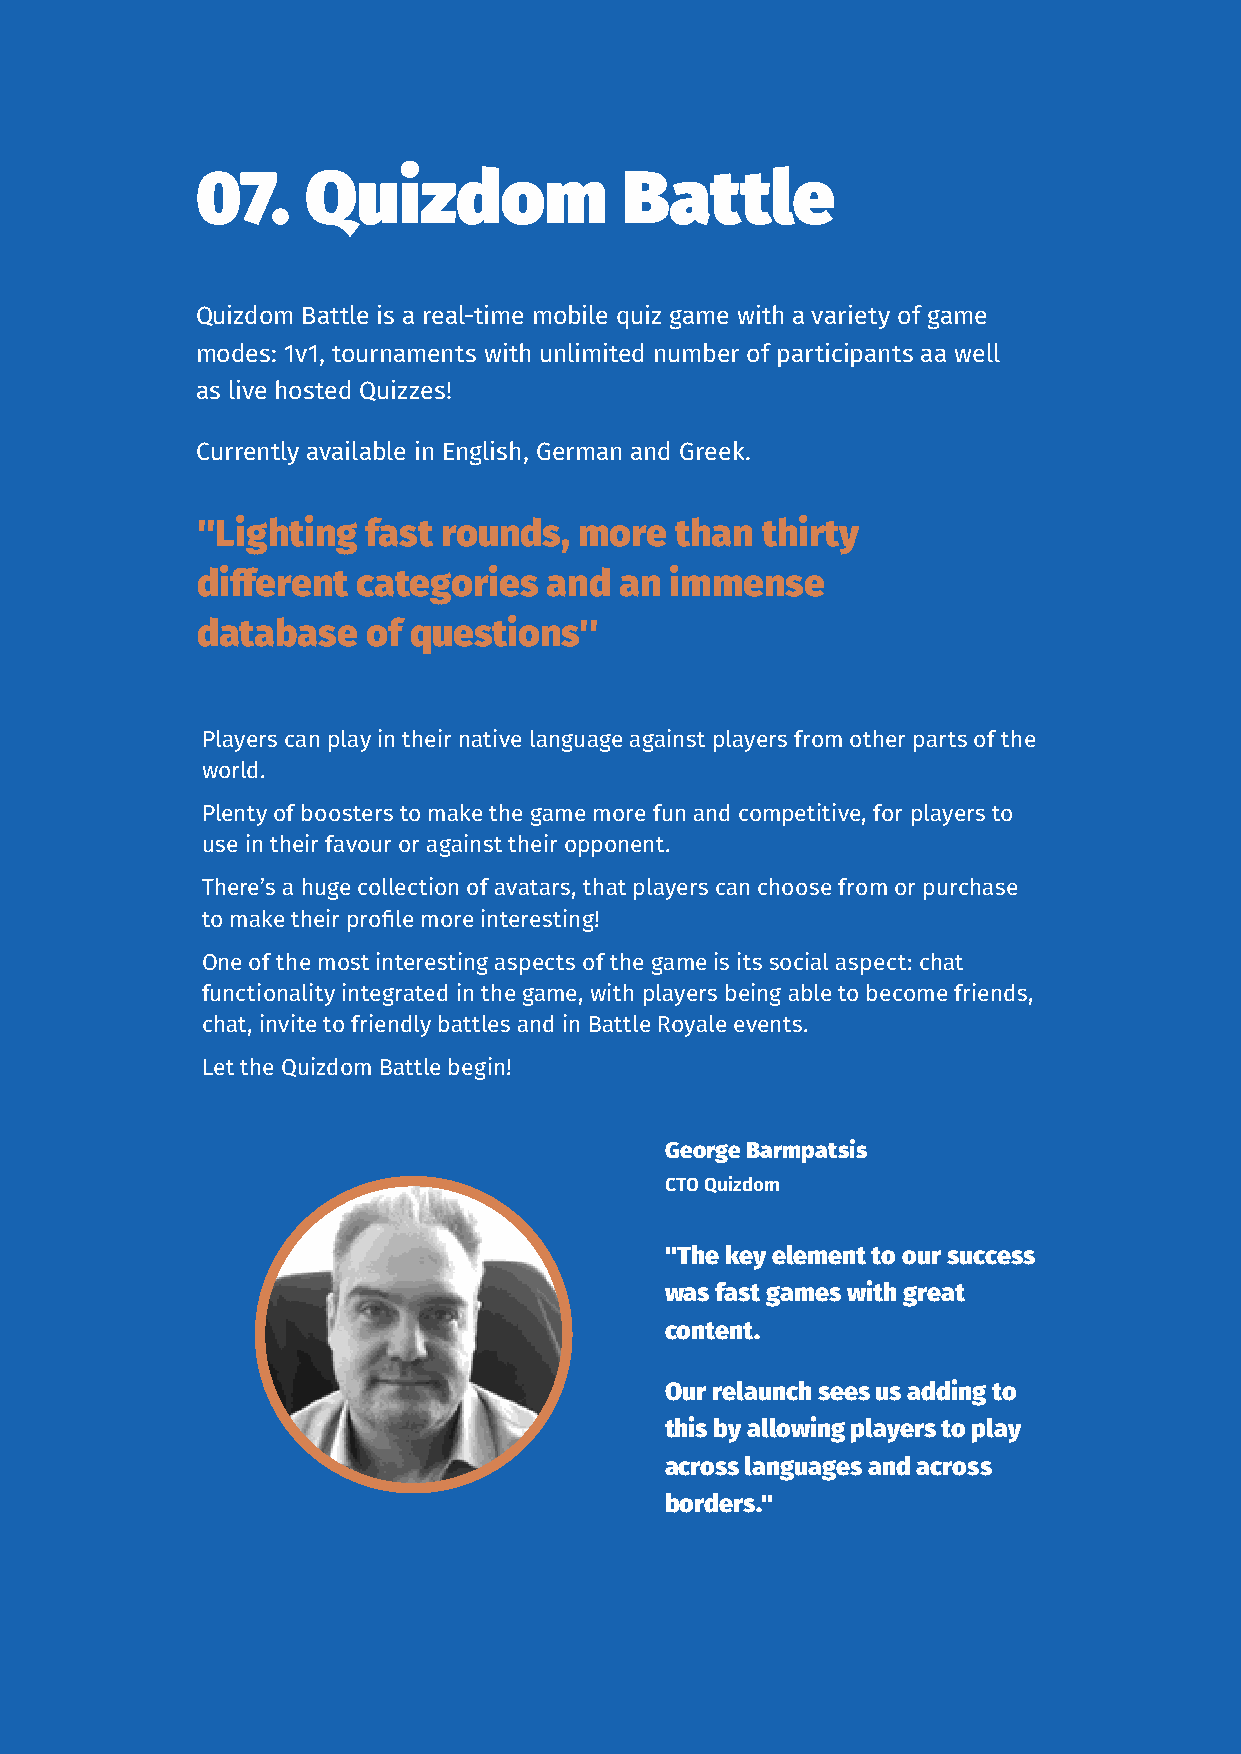
07.    Quizdom              Battle
 Quizdom Battle is a real-time mobile quiz game with a variety of game
 modes: 1v1, tournaments with unlimited number of participants aa well
 as live hosted Quizzes!
 Currently available in English, German and Greek.
 ''Lighting fast rounds,  more   than thirty
 different  categories  and  an immense
 database   of questions''
 Players can play in their native language against players from other parts of the
 world.
 Plenty of boosters to make the game more fun and competitive, for players to
 use in their favour or against their opponent.
 There’s a huge collection of avatars, that players can choose from or purchase
 to make their profile more interesting!
 One of the most interesting aspects of the game is its social aspect: chat
 functionality integrated in the game, with players being able to become friends,
 chat, invite to friendly battles and in Battle Royale events.
 Let the Quizdom Battle begin!
 George Barmpatsis
 CTO Quizdom
 ''The key element to our success
 was fast games with great
 content.
 Our relaunch sees us adding to
 this by allowing players to play
 across languages and across
 borders.''